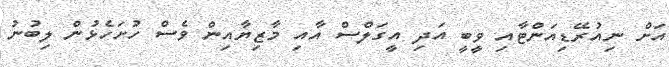
އަށް ނިއުރޭޑިއަންޓާއި ވީބީ އަދި އީގަލްސް އާއި މާޒިޔާއިން ވެސް ހުށަހެޅުން ލިބުނު